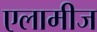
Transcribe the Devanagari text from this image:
एलामीज